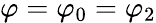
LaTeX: \varphi=\varphi_{0}=\varphi_{2}